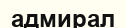
адмирал